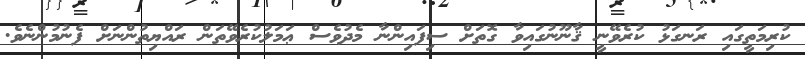
ކުރިމަތީގައި ރަނގަޅު ކުރެވޭނީ ޤާނޫނުގައިވާ ގޮތަށް ސިފައިންނާ މެދުވެސް ޢަމަލުކުރެވޭތަން ރައްޔިތުންނަށް ފެނުމުންނެވެ.